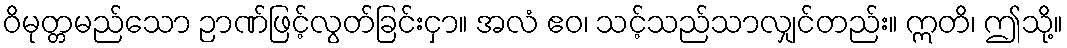
ဝိမုတ္တမည်သော ဉာဏ်ဖြင့်လွတ်ခြင်းငှာ။ အလံ ဧဝ၊ သင့်သည်သာလျှင်တည်း။ ဣတိ၊ ဤသို့။